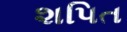
શપિત